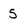
Character: 5